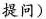
提问）